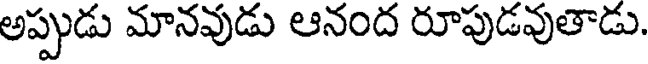
అప్పుడు మానవుడు ఆనంద రూపుడవుతాడు.